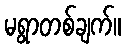
မရွာတစ်ချက်။